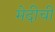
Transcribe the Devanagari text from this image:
मेदीची